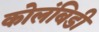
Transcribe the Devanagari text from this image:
कोलंबिडी